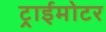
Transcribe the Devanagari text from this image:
ट्राईमोटर